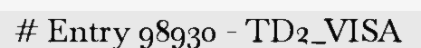
# Entry 98930 - TD2_VISA